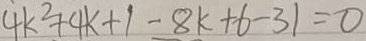
4 k ^ { 2 } + 4 k + 1 - 8 k + 6 - 3 1 = 0